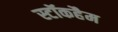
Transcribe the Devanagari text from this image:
स्टॉकहैम